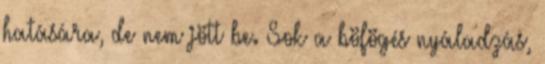
hatására, de nem jött be. Sok a böfögés nyáladzás,